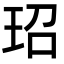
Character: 玿